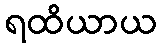
ရထိယာယ